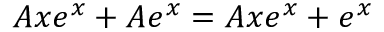
A x e ^ { x } + A e ^ { x } = A x e ^ { x } + e ^ { x }